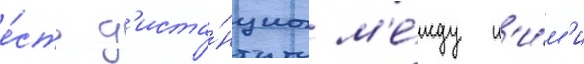
е́сть д'иста́нциа м'е́жду н'и́м'и